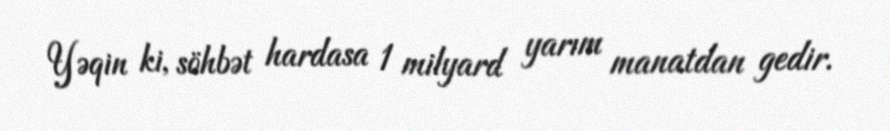
Yəqin ki, söhbət hardasa 1 milyard yarım manatdan gedir.